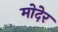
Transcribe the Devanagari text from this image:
मोदेर